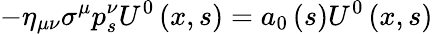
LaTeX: -\eta_{\mu\nu}\sigma^{\mu}p_{s}^{\nu}U^{0}\left(x,s\right)=a_{0}\left(s\right)U^{0}\left(x,s\right)